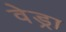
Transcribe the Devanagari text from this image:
वेड्रा